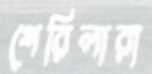
গেরিলারা